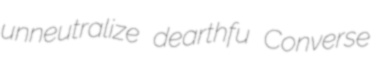
unneutralize dearthfu Converse